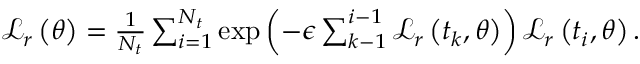
\begin{array} { r } { \mathcal { L } _ { r } \left( \boldsymbol { \theta } \right) = \frac { 1 } { N _ { t } } \sum _ { i = 1 } ^ { N _ { t } } \mathrm { e x p } \left( - \epsilon \sum _ { k - 1 } ^ { i - 1 } \mathcal { L } _ { r } \left( t _ { k } , \boldsymbol { \theta } \right) \right) \mathcal { L } _ { r } \left( t _ { i } , \boldsymbol { \theta } \right) . } \end{array}